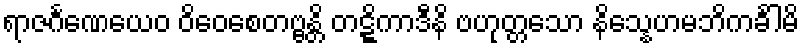
ရာဇင်္ဂဏေယေဝ ဝိဝေစေတဗ္ဗန္တိ တဋ္ဋိကာဒီနိ ဗဟုတ္တသော နိသ္နေဟမဘိကင်္ခါမိ